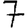
Digit: 7